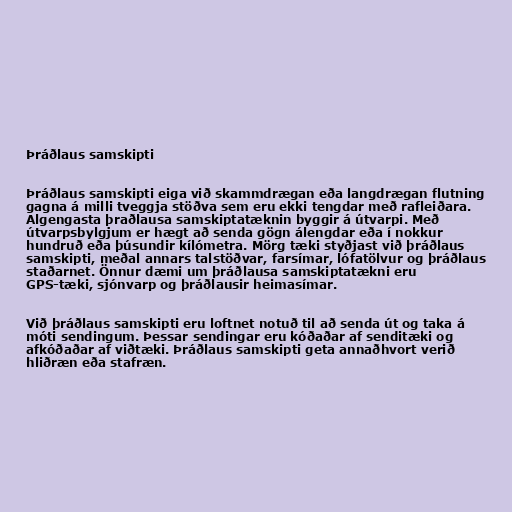
Þráðlaus samskipti

Þráðlaus samskipti eiga við skammdrægan eða langdrægan flutning
gagna á milli tveggja stöðva sem eru ekki tengdar með rafleiðara.
Algengasta þraðlausa samskiptatæknin byggir á útvarpi. Með
útvarpsbylgjum er hægt að senda gögn álengdar eða í nokkur
hundruð eða þúsundir kílómetra. Mörg tæki styðjast við þráðlaus
samskipti, meðal annars talstöðvar, farsímar, lófatölvur og þráðlaus
staðarnet. Önnur dæmi um þráðlausa samskiptatækni eru
GPS-tæki, sjónvarp og þráðlausir heimasímar.

Við þráðlaus samskipti eru loftnet notuð til að senda út og taka á
móti sendingum. Þessar sendingar eru kóðaðar af senditæki og
afkóðaðar af viðtæki. Þráðlaus samskipti geta annaðhvort verið
hliðræn eða stafræn.